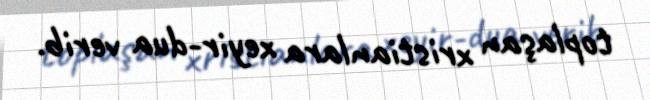
toplaşan xristianlara xeyir-dua verib.